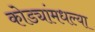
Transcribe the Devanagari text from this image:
कोड्यांमधल्या